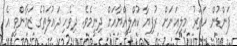
ފަންޑުން ހަތަރު މިލިއަނަށް ރުފިޔާ ކުއްލިއްޔާއަށް ދިނީމެވެ. ދިވެހި ދައުލަތުގެ ޒަމާންވީ އެ